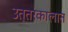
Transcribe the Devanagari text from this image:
उत्तरकालात